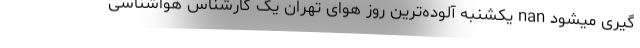
گیری میشود nan یکشنبه آلوده‌ترین روز هوای تهران یک کارشناس هواشناسی